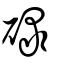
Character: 碌